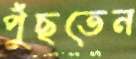
পুঁছতেন